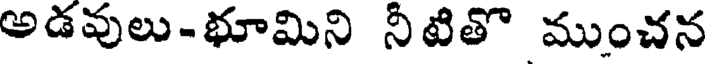
అడవులు-భూమిని నీటితొ ముంచన